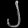
Digit: ၂